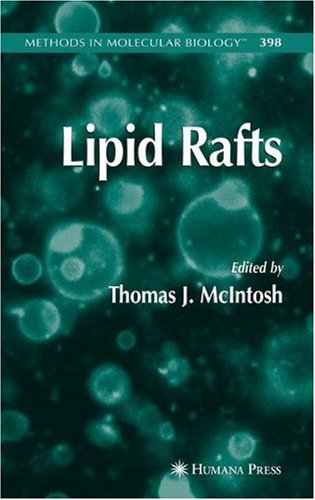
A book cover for Lipid Rafts (Methods in Molecular Biology); Thomas J. McIntosh; Science & Math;